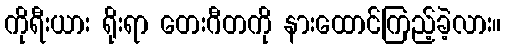
ကိုရီးယား ရိုးရာ တေးဂီတကို နားထောင်ကြည့်ခဲ့လား။